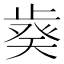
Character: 𣦌